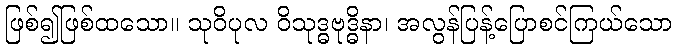
ဖြစ်၍ဖြစ်ထသော။ သုဝိပုလ ဝိသုဒ္ဓဗုဒ္ဓိနာ၊ အလွန်ပြန့်ပြောစင်ကြယ်သော